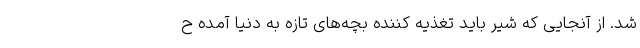
شد. از آنجایی که شیر باید تغذیه کننده بچه‌های تازه به دنیا آمده ح